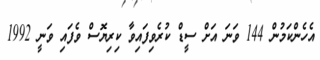
އެހެންކަމުން 144 ވަނަ އަށް ސީޑް ކުރެވިފައިވާ ކިރިޔޮސް ވެފައި ވަނީ 1992